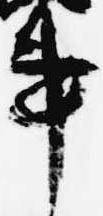
事